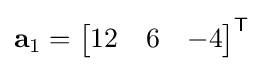
\mathbf {a} _{1}={\begin{bmatrix}12&6&-4\end{bmatrix}}^{\textsf {T}}